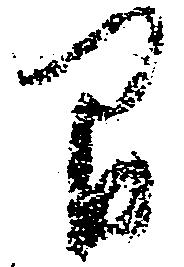
間